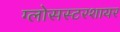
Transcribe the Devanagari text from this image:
ग्लोसस्टरशायर